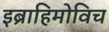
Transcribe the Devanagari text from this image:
इब्राहिमोविच